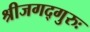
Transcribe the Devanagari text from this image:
श्रीजगद्गुरुः